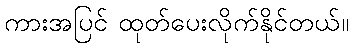
ကားအပြင် ထုတ်ပေးလိုက်နိုင်တယ်။